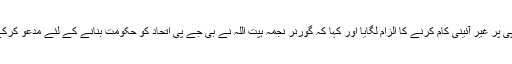
انہوں نے منی پور میں بھی بی جے پی پر غیر آئینی کام کرنے کا الزام لگایا اور کہا کہ گورنر نجمہ ہپت اللہ نے بی جے پی اتحاد کو حکومت بنانے کے لئے مدعو کرکے آئینی قدروں پر عمل نہیں کیا ہے ۔